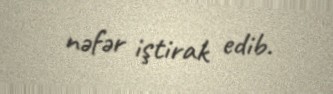
nəfər iştirak edib.